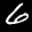
Label: 6